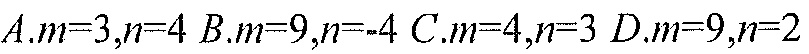
\(A.m = 3,n = 4\ B.m = 9,n=-4\ C.m = 4,n = 3\ D.m = 9,n = 2\)